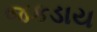
જકડાય